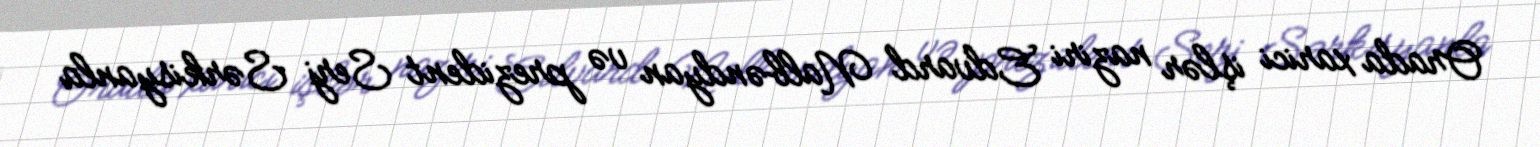
Orada xarici işlər naziri Edvard Nalbəndyan və prezident Serj Sərkisyanla